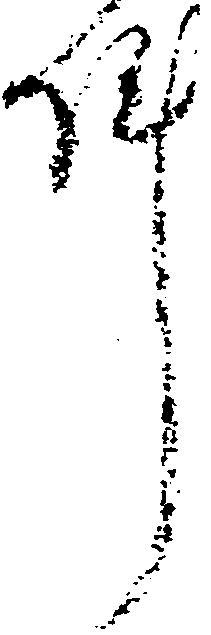
件